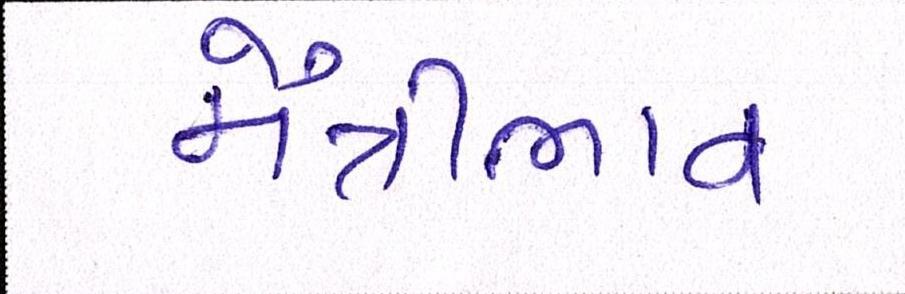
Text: મૈત્રીભાવ